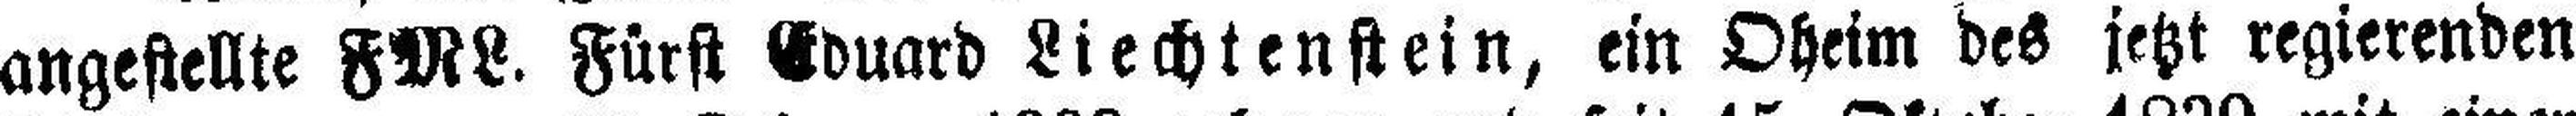
angestellte FML. Fürst Eduard Liechtenstein, ein Oheim des jetzt regierenden